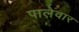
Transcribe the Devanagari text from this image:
पालेवार